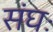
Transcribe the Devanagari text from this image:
संघः